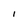
Character: I